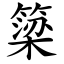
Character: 簗